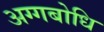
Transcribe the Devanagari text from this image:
अग्गबोधि